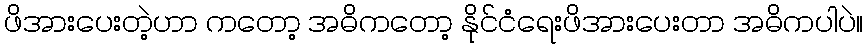
ဖိအားပေးတဲ့ဟာ ကတော့ အဓိကတော့ နိုင်ငံရေးဖိအားပေးတာ အဓိကပါပဲ။